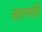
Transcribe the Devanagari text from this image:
लागती